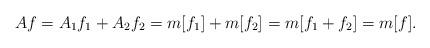
LaTeX: \begin{align*}Af=A_{1}f_{1}+A_{2}f_{2}=m[f_{1}]+m[f_{2}]=m[f_{1}+f_{2}]=m[f].\end{align*}